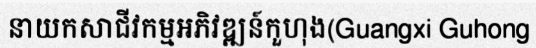
នាយកសាជីវកម្មអភិវឌ្ឍន៍កួហុង(Guangxi Guhong